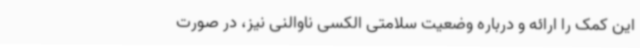
این کمک را ارائه و درباره وضعیت سلامتی الکسی ناوالنی نیز، در صورت